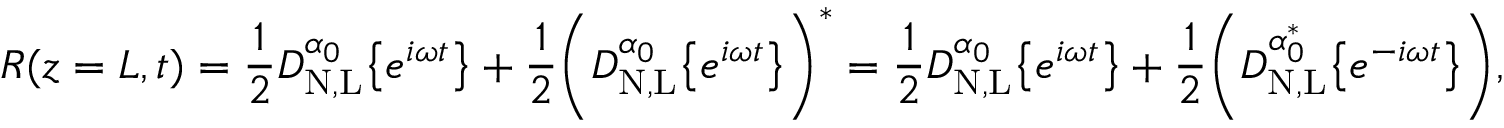
R ( z = L , t ) = \frac { 1 } { 2 } D _ { \mathrm { N , L } } ^ { \alpha _ { 0 } } \big \{ { e ^ { i \omega t } \big \} } + \frac { 1 } { 2 } \bigg ( D _ { \mathrm { N , L } } ^ { \alpha _ { 0 } } \big \{ { e ^ { i \omega t } \big \} } \bigg ) ^ { * } = \frac { 1 } { 2 } D _ { \mathrm { N , L } } ^ { \alpha _ { 0 } } \big \{ { e ^ { i \omega t } \big \} } + \frac { 1 } { 2 } \bigg ( D _ { \mathrm { N , L } } ^ { \alpha _ { 0 } ^ { * } } \big \{ { e ^ { - i \omega t } \big \} } \bigg ) ,